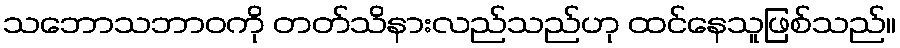
သဘောသဘာဝကို တတ်သိနားလည်သည်ဟု ထင်နေသူဖြစ်သည်။